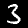
Digit: 3